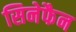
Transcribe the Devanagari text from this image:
सिनेफैन